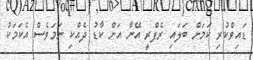
ޑައިވްކުރި ކަމަށް ބަލައި ރެފްރީ އޭނާ އަށް ކާޑު ދެއްކި ނަމަވެސް އެކަމަކު